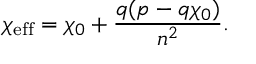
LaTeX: \chi _ { \mathrm { e f f } } = \chi _ { 0 } + \frac { q ( p - q \chi _ { 0 } ) } { n ^ { 2 } } .